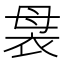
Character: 袰